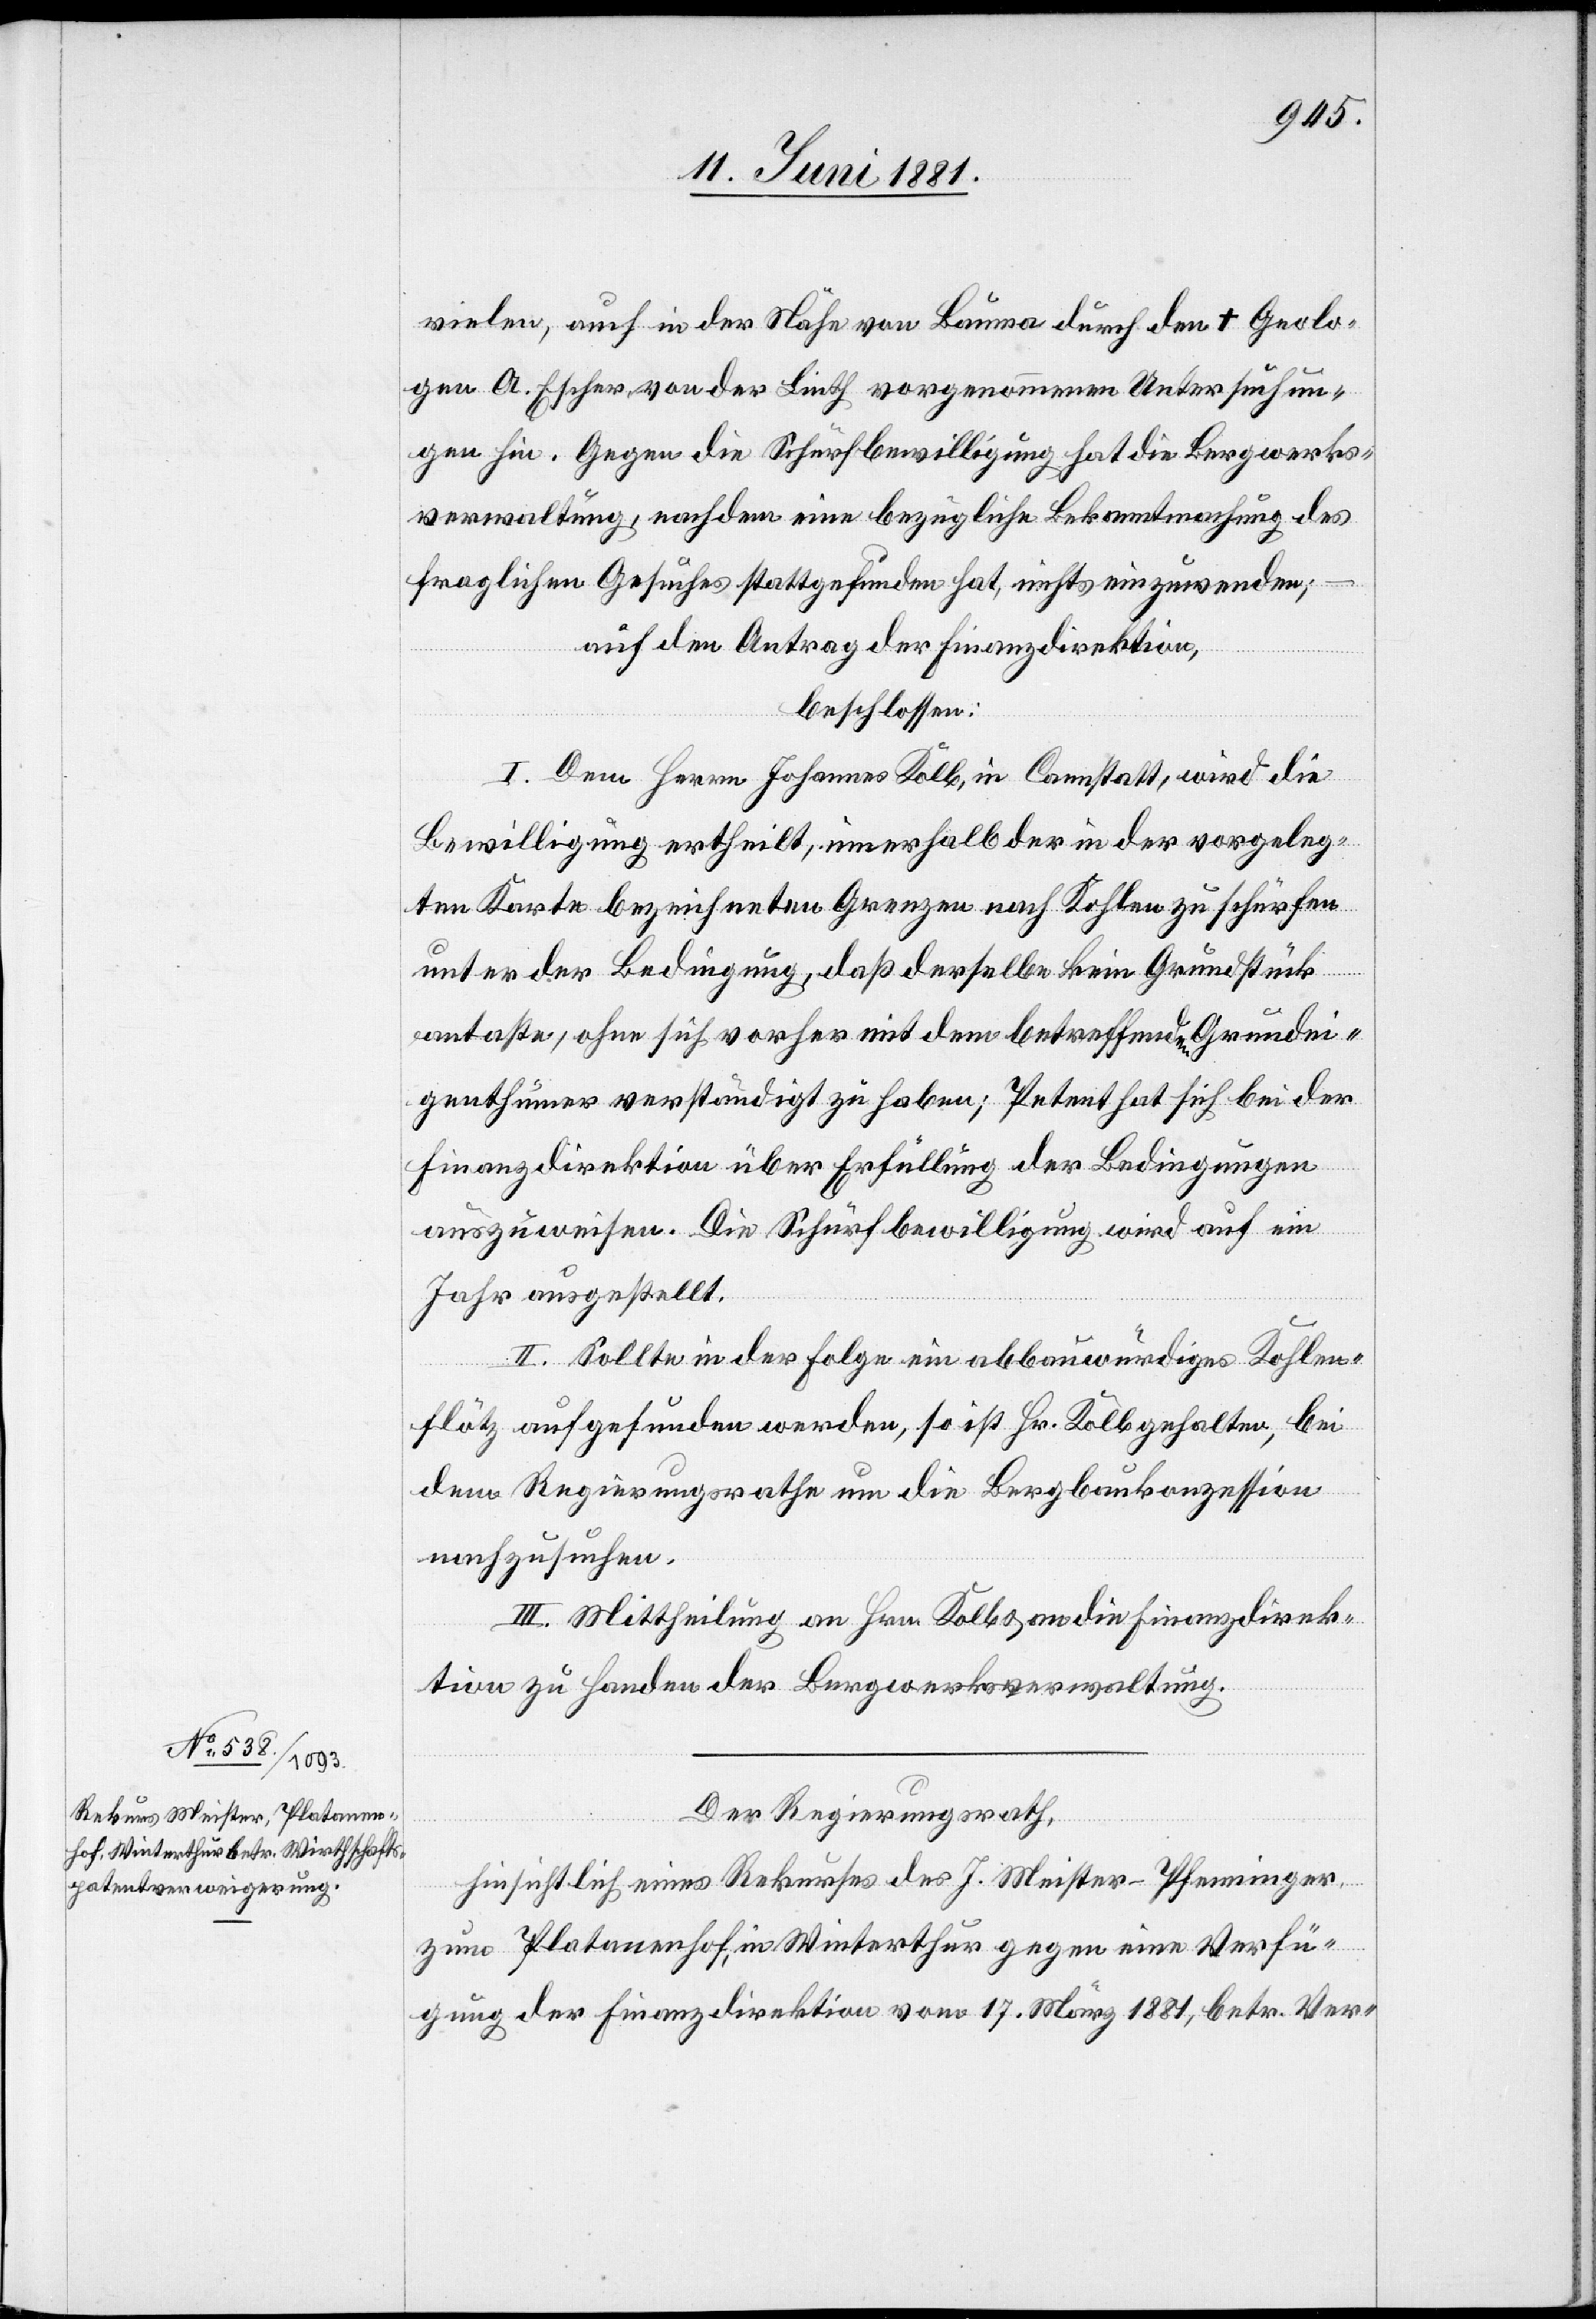
vielen, auch in der Nähe von Bauma durch den † Geolo¬
gen A. Escher von der Linth vorgenommenen Untersuchun¬
gen hin. Gegen die Schürfbewilligung hat die Bergwerks¬
verwaltung, nach dem eine bezügliche Bekanntmachung des
fraglichen Gesuches stattgefunden hat, nichts einzuwenden;
auf Antrag der Finanzdirektion,
beschlossen:
I. Dem Herrn Johannes Kolb, in Cannstatt, wird die
Bewilligung ertheilt, innerhalb der in der vorgeleg¬
ten Karte bezeichneten Grenzen nach Kohlen zu schürfen
unter der Bedingung, daß derselbe kein Grundstück
antaste, ohne sich vorher mit dem betreffenden Grundei¬
genthümer verständigt zu haben; Petent hat sich bei der
Finanzdirektion über Erfüllung der Bedingungen
auszuweisen. Die Schürfbewilligung wird auf ein
Jahr ausgestellt.
II. Sollte in der Folge ein abbauwürdiges Kohlen¬
flötz aufgefunden werden, so ist Hr. Kolb gehalten, bei
dem Regierungsrathe um die Bergbaukonzession
nachzusuchen.
III. Mittheilung an Hrn. Kolb & an die Finanzdirek¬
tion zu Handen der Bergwerksverwaltung.
Der Regierungsrath,
hinsichtlich eines Rekurses des J. Meister-Pfenninger
zum Platanenhof, in Winterthur gegen eine Verfü¬
gung der Finanzdirektion vom 17. März 1881, betr. Ver-